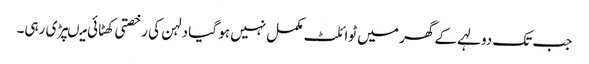
جب تک دولہے کے گھر میں ٹوائلٹ مکمل نہیں ہو گیا دلہن کی رخصتی کھٹائی میںپڑی رہی۔